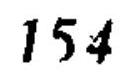
\(154\)